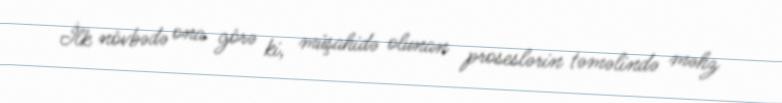
İlk növbədə ona görə ki, müşahidə olunan proseslərin təməlində məhz